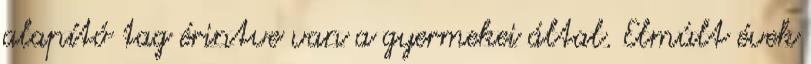
alapító tag érintve van a gyermekei által. Elmúlt évek